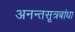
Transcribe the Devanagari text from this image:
अनन्तसूत्रबांधा